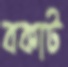
বকাট